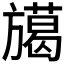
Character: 𭥅